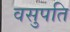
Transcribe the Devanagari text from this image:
वसुपति